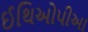
ઈથિઓપીઆ